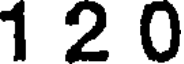
1 2 0